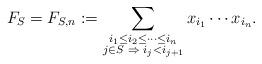
LaTeX: \begin{align*} F_S = F_{S,n} := \sum_{\substack{i_1 \leq i_2 \leq \cdots \leq i_n \\ j \in S \, \, \Rightarrow \, \, i_j < i_{j+1}}} x_{i_1} \cdots x_{i_n}. \end{align*}